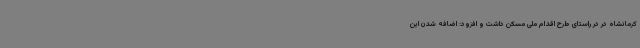
کرمانشاه در در راستای طرح اقدام ملی مسکن داشت و افزود: اضافه شدن این